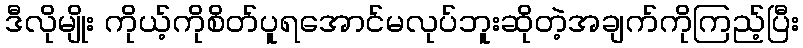
ဒီလိုမျိုး ကိုယ့်ကိုစိတ်ပူရအောင်မလုပ်ဘူးဆိုတဲ့အချက်ကိုကြည့်ပြီး